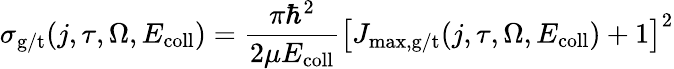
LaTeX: \sigma_{\mathrm{g/t}}(j,\tau,\Omega,E_{\mathrm{coll}})=\frac{\pi\hbar^{2}}{2\mu E_{\mathrm{coll}}}\left[J_{\mathrm{max,g/t}}(j,\tau,\Omega,E_{\mathrm{coll}})+1\right]^{2}